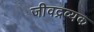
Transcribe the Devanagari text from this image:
जीवद्रव्यक